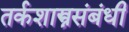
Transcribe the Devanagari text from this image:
तर्कशास्त्रसंबंधी